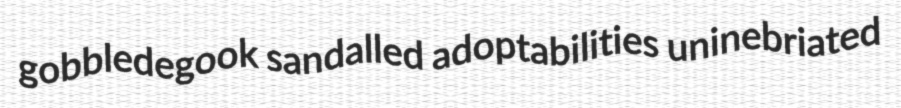
gobbledegook sandalled adoptabilities uninebriated